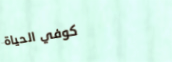
كوفي الحياة